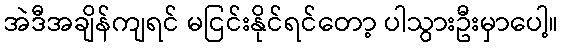
အဲဒီအချိန်ကျရင် မငြင်းနိုင်ရင်တော့ ပါသွားဦးမှာပေါ့။